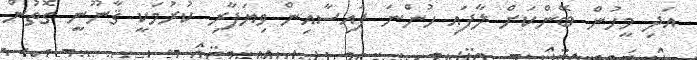
އަދި މީހުން ބޭންކަށް ލާފައި ހުންނަ ފައިސާއިން ވިޔަފާރި ކުރުމަކީ ޤާނޫނީ ގޮތުން